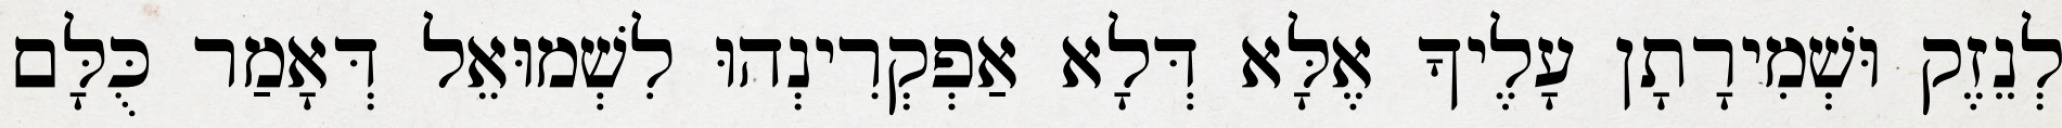
לְנֵזֶק וּשְׁמִירָתָן עָלֶיךָ אֶלָּא דְּלָא אַפְקְרִינְהוּ לִשְׁמוּאֵל דְּאָמַר כֻּלָּם